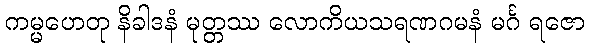
ကမ္မဟေတု နိခါဒနံ မုတ္တဿ လောကိယသရဏဂမနံ မင်္ဂ ရဇော